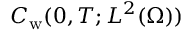
C _ { \mathrm w } ( 0 , T ; L ^ { 2 } ( \Omega ) )